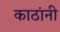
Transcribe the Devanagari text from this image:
काठांनी